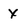
Character: X